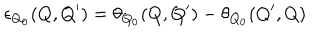
\epsilon _ { Q _ { 0 } } ( Q , Q ^ { \prime } ) = \theta _ { Q _ { 0 } } ( Q , Q ^ { \prime } ) - \theta _ { Q _ { 0 } } ( Q ^ { \prime } , Q )